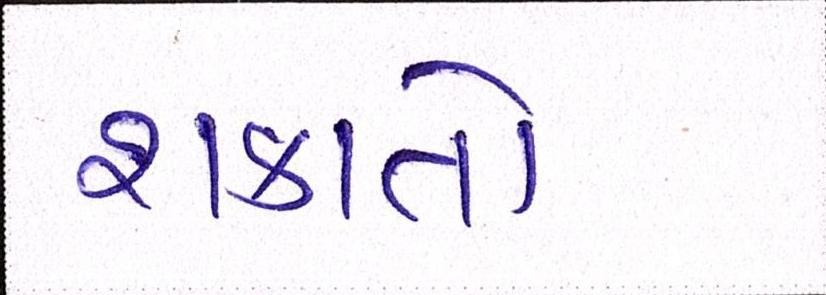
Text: શકાતો